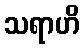
သရာဟိ